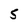
Character: 5